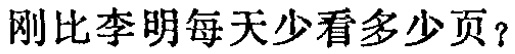
刚比李明每天少看多少页？